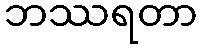
ဘဿရတာ